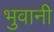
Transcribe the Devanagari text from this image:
भुवानी